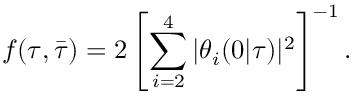
f ( \tau , \bar { \tau } ) = 2 \left[ \sum _ { i = 2 } ^ { 4 } | \theta _ { i } ( 0 | \tau ) | ^ { 2 } \right] ^ { - 1 } .